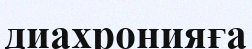
диахронияға